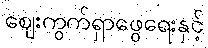
ဈေးကွက်ရှာဖွေရေးနှင့်